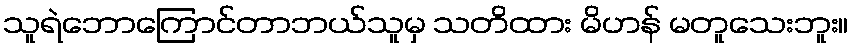
သူရဲဘောကြောင်တာဘယ်သူမှ သတိထား မိဟန် မတူသေးဘူး။